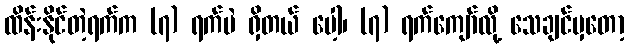
ထိန်းနိုင်တဲ့ရက်က (၇) ရက်ပဲ ရှိတယ် ပေါ့၊ (၇) ရက်ကျော်လို့ သေချင်မှတော့